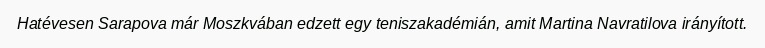
Hatévesen Sarapova már Moszkvában edzett egy teniszakadémián, amit Martina Navratilova irányított.